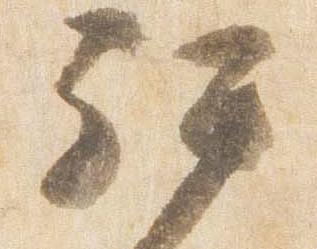
拝